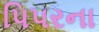
પિપરના